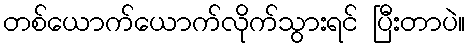
တစ်ယောက်ယောက်လိုက်သွားရင် ပြီးတာပဲ။